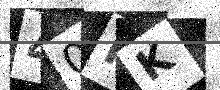
Text: 40KK